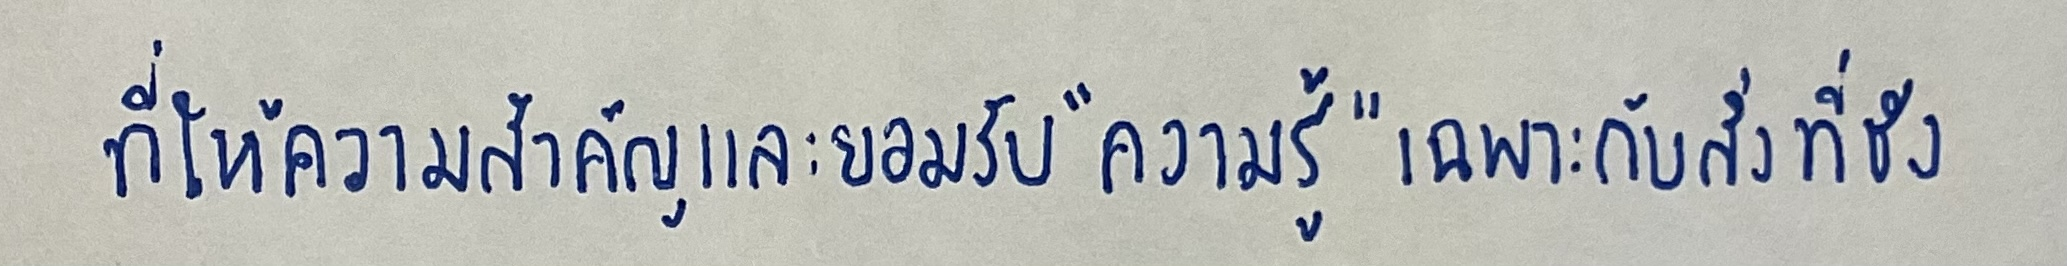
ที่ให้ความสำคัญและยอมรับ"ความรู้"เฉพาะกับสิ่งที่ชั่ง